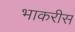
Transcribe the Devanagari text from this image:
भाकरीस